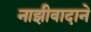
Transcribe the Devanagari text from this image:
नाझीवादाने